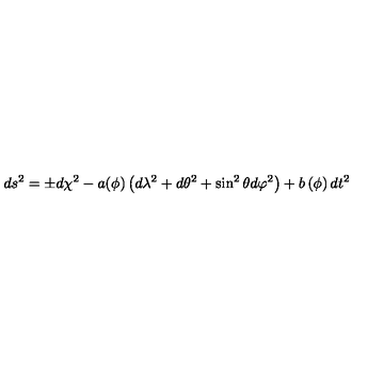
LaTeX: d s ^ { 2 } = \pm d \chi ^ { 2 } - a ( \phi ) \left( d \lambda ^ { 2 } + d \theta ^ { 2 } + \sin ^ { 2 } \theta d \varphi ^ { 2 } \right) + b \left( \phi \right) d t ^ { 2 }